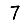
Digit: 7